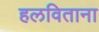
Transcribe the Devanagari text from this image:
हलविताना